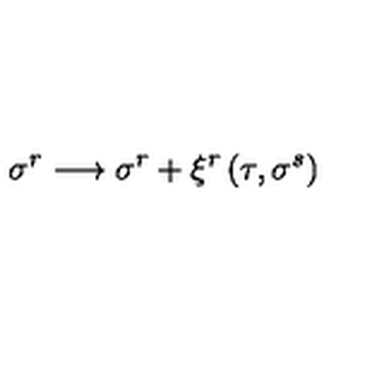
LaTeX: \sigma ^ { r } \longrightarrow \sigma ^ { r } + \xi ^ { r } \left( \tau , \sigma ^ { s } \right)